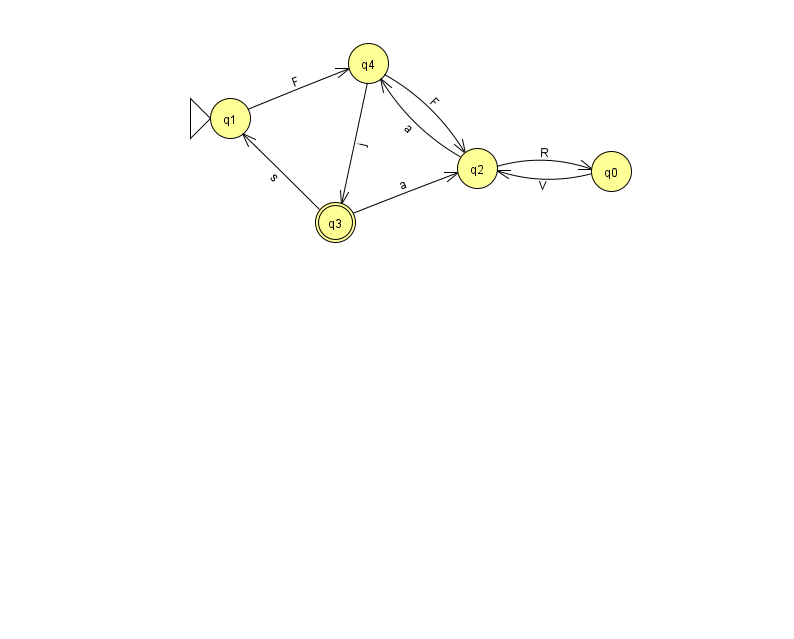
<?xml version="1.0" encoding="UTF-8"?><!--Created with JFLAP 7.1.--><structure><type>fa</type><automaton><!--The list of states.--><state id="0" name="q0"><x>611.0</x><y>158.0</y></state><state id="1" name="q1"><x>230.0</x><y>105.0</y><initial/></state><state id="2" name="q2"><x>477.0</x><y>155.0</y></state><state id="3" name="q3"><x>335.0</x><y>209.0</y><final/></state><state id="4" name="q4"><x>368.0</x><y>50.0</y></state><!--The list of transitions.--><transition><from>2</from><to>4</to><read>a</read></transition><transition><from>1</from><to>4</to><read>F</read></transition><transition><from>3</from><to>1</to><read>s</read></transition><transition><from>3</from><to>2</to><read>a</read></transition><transition><from>4</from><to>2</to><read>F</read></transition><transition><from>0</from><to>2</to><read>V</read></transition><transition><from>2</from><to>0</to><read>R</read></transition><transition><from>4</from><to>3</to><read>j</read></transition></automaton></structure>